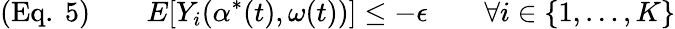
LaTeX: ({\mathrm{Eq.~}}5)\qquad E[Y_{i}(\alpha^{*}(t),\omega(t))]\leq-\epsilon\qquad\forall i\in\{ 1,\ldots,K\}